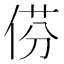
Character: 𠊠